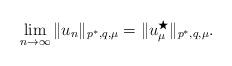
LaTeX: \begin{align*}\lim_{n\to\infty} \|u_n\|_{p^*,q,\mu} = \|u_\mu^\bigstar\|_{p^*,q,\mu}.\end{align*}